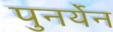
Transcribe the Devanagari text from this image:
पुनर्येन